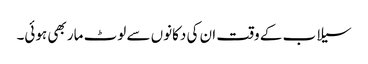
سیلاب کے وقت ان کی دکانوں سے لوٹ مار بھی ہوئی۔